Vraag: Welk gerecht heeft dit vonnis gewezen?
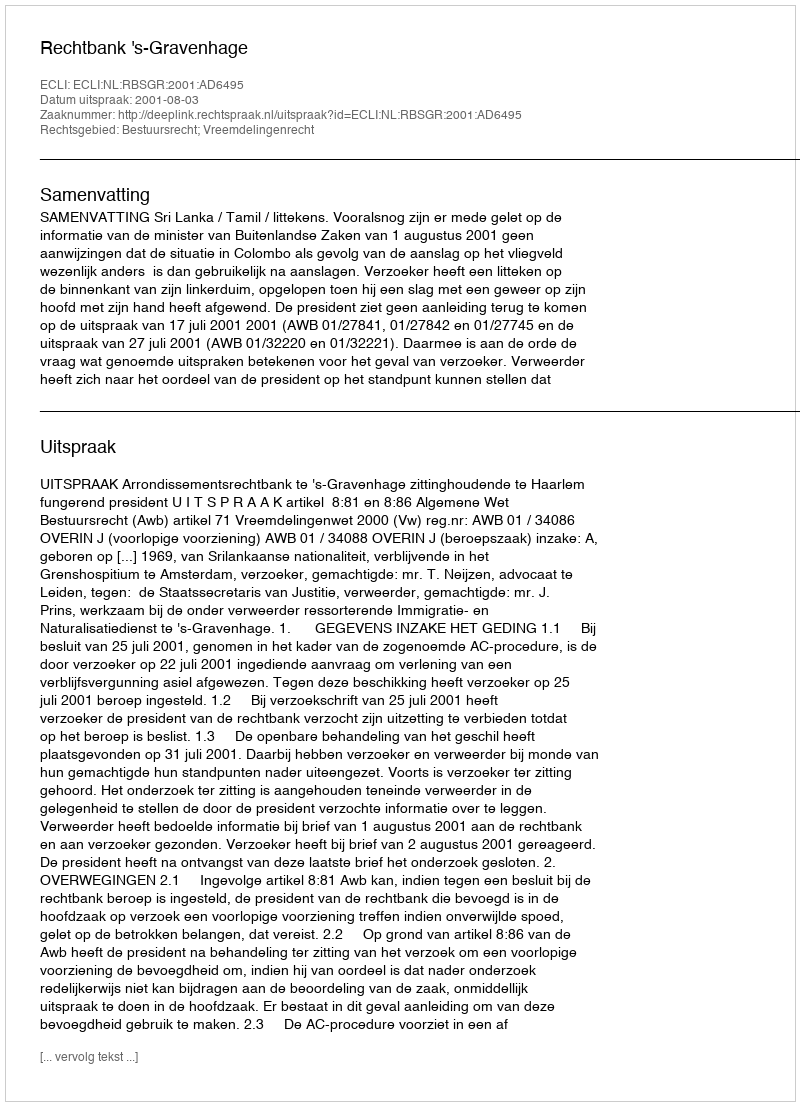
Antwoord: Rechtbank 's-Gravenhage